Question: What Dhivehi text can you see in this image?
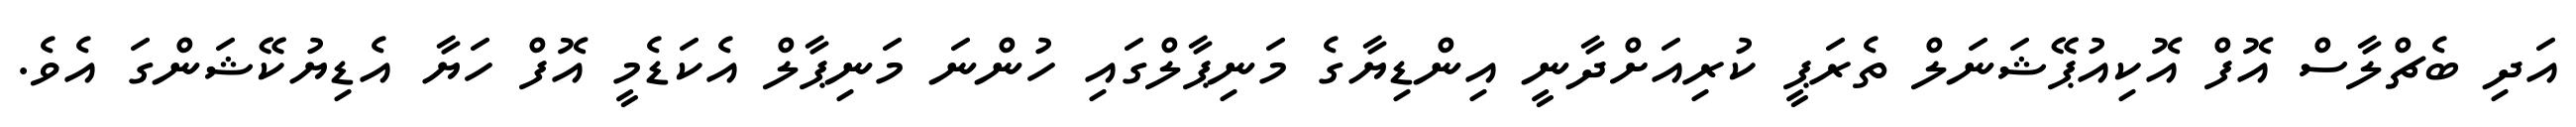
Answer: އަދި ބެޗްލާސް އޮފް އޮކިއުޕޭޝަނަލް ތެރަޕީ ކުރިއަށްދާނީ އިންޑިޔާގެ މަނިޕާލްގައި ހުންނަ މަނިޕާލް އެކަޑެމީ އޮފް ހަޔާ އެޑިޔުކޭޝަންގަ އެވެ.